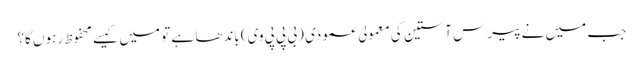
جب میں نے پیرس آستین کی معمولی عمودی (بی پی پی وی) باندھا ہے تو میں کیسے محفوظ رہوں گا؟